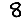
Digit: 8